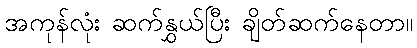
အကုန်လုံး ဆက်နွှယ်ပြီး ချိတ်ဆက်နေတာ။